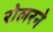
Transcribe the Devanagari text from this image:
रोलरने